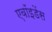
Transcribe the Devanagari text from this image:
एवॉइडेंस